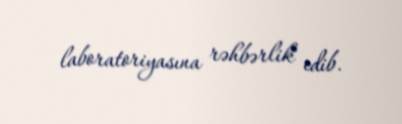
laboratoriyasına rəhbərlik edib.